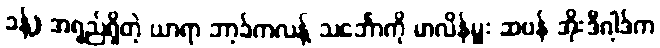
ခန့်) အရှည်ရှိတဲ့ ယာရာ ဘာ့ခ်ကလန့် သင်္ဘောကို မာလိန်မှူး ဆဗန် အိုးဒီဂါ့ဒ်က